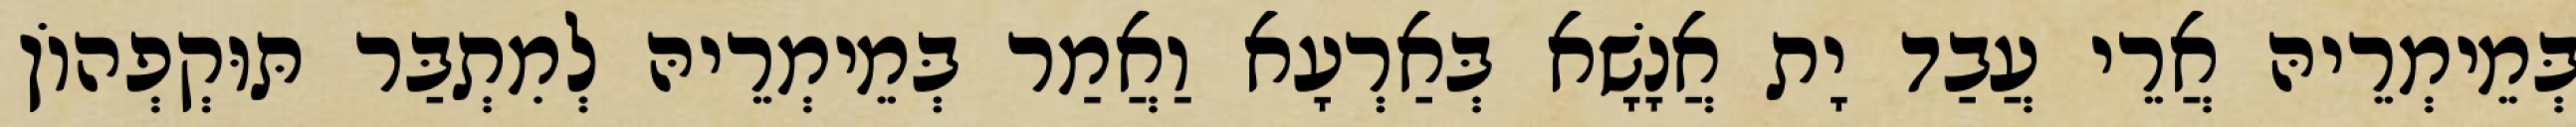
בְּמֵימְרֵיהּ אֲרֵי עֲבַד יָת אֲנָשָׁא בְּאַרְעָא וַאֲמַר בְּמֵימְרֵיהּ לְמִתְבַּר תּוּקְפְהוֹן